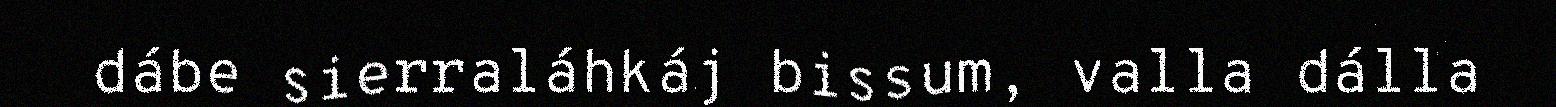
dábe sierraláhkáj bissum, valla dálla